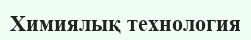
Химиялық технология